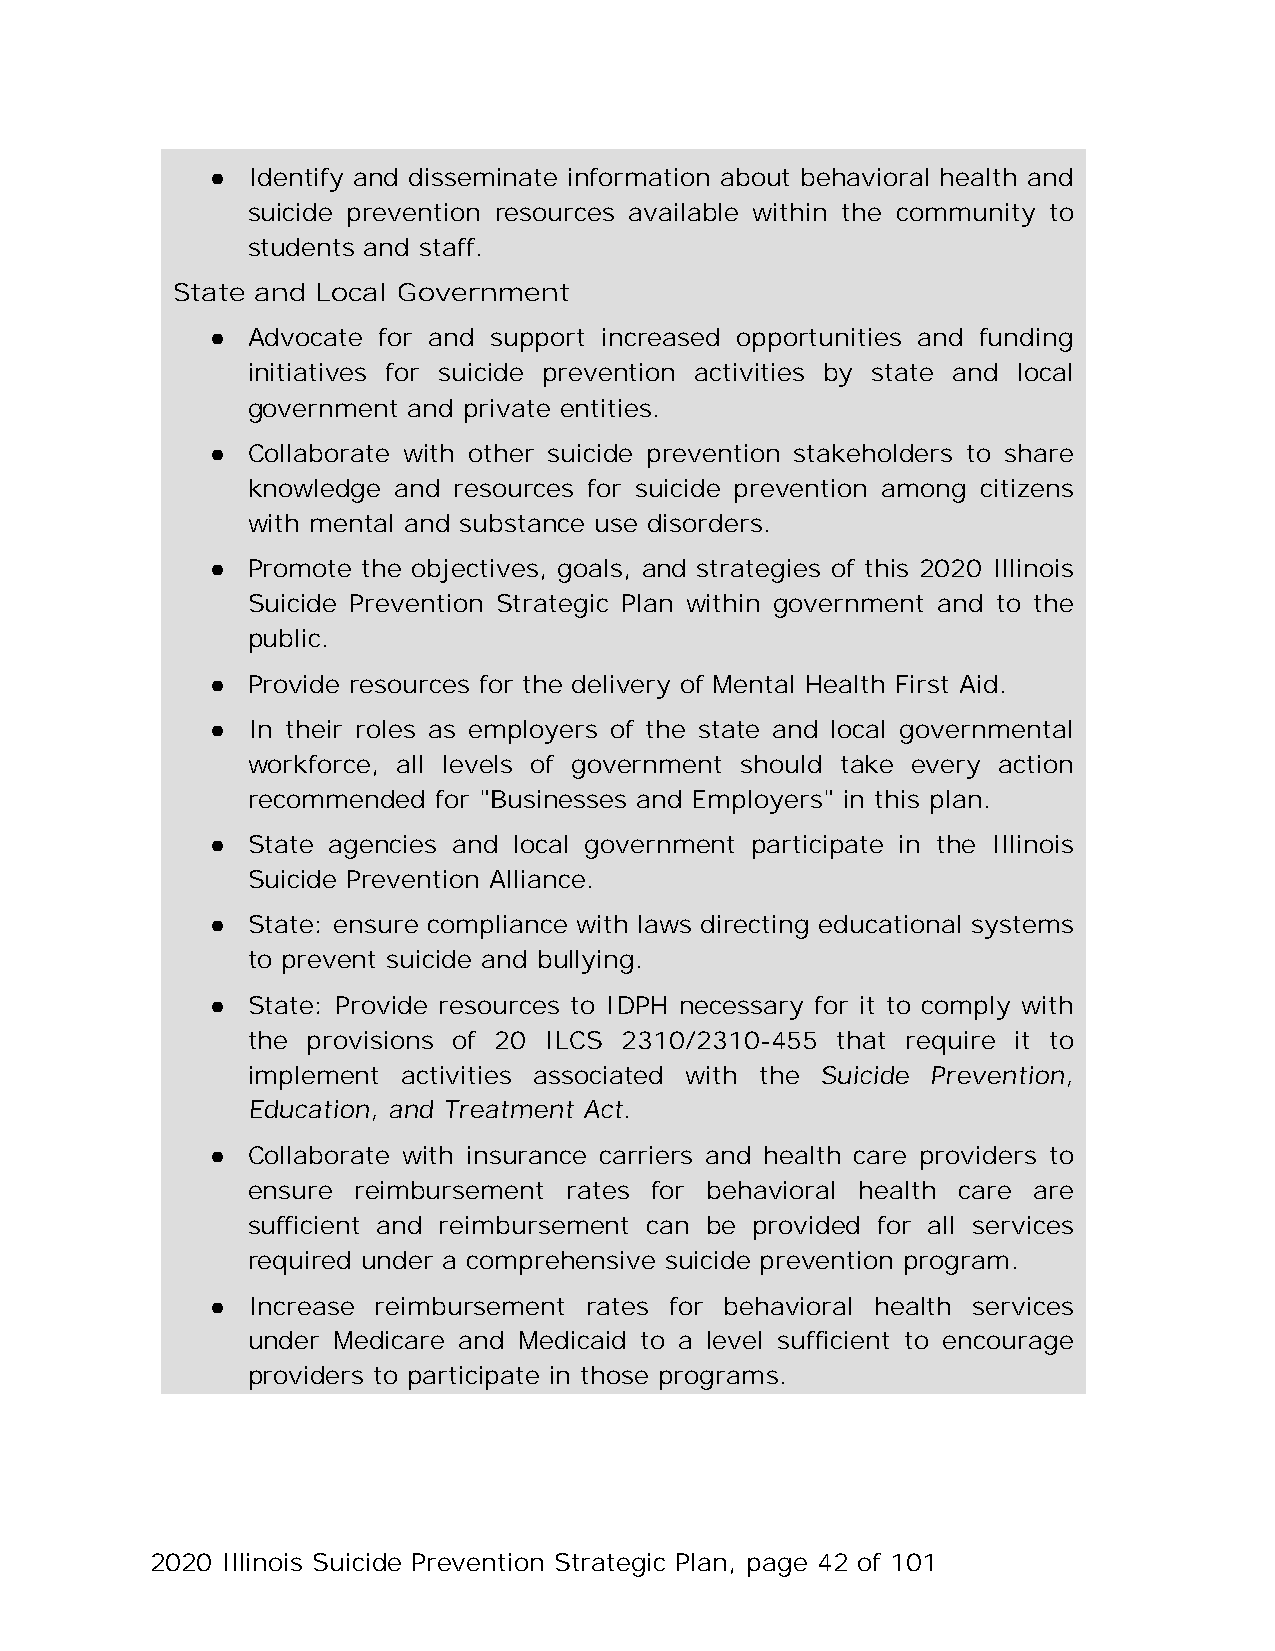
● Identify and disseminate information about behavioral health and
 suicide prevention resources available within the community to
 students and staff.
 State and Local Government
 ● Advocate for and support increased opportunities and funding
 initiatives for suicide prevention activities by state and local
 government and private entities.
 ● Collaborate with other suicide prevention stakeholders to share
 knowledge and resources for suicide prevention among citizens
 with mental and substance use disorders.
 ● Promote the objectives, goals, and strategies of this 2020 Illinois
 Suicide Prevention Strategic Plan within government and to the
 public.
 ● Provide resources for the delivery of Mental Health First Aid.
 ● In their roles as employers of the state and local governmental
 workforce, all levels of government should take every action
 recommended  for "Businesses and Employers" in this plan.
 ● State agencies and local government participate in the Illinois
 Suicide Prevention Alliance.
 ● State: ensure compliance with laws directing educational systems
 to prevent suicide and bullying.
 ● State: Provide resources to IDPH necessary for it to comply with
 the provisions of 20 ILCS 2310/2310-455 that require it to
 implement  activities associated with the Suicide Prevention,
 Education, and Treatment Act.
 ● Collaborate with insurance carriers and health care providers to
 ensure reimbursement  rates for behavioral health care are
 sufficient and reimbursement can be provided for all services
 required under a comprehensive suicide prevention program.
 ● Increase reimbursement rates for behavioral health services
 under Medicare and Medicaid to a level sufficient to encourage
 providers to participate in those programs.
 2020 Illinois Suicide Prevention Strategic Plan, page 42 of 101